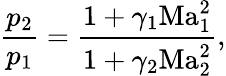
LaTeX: \frac{p_{2}}{p_{1}}=\frac{1+\gamma_{1}\mathrm{Ma}_{1}^{2}}{1+\gamma_{2}\mathrm{Ma}_{2}^{2}},